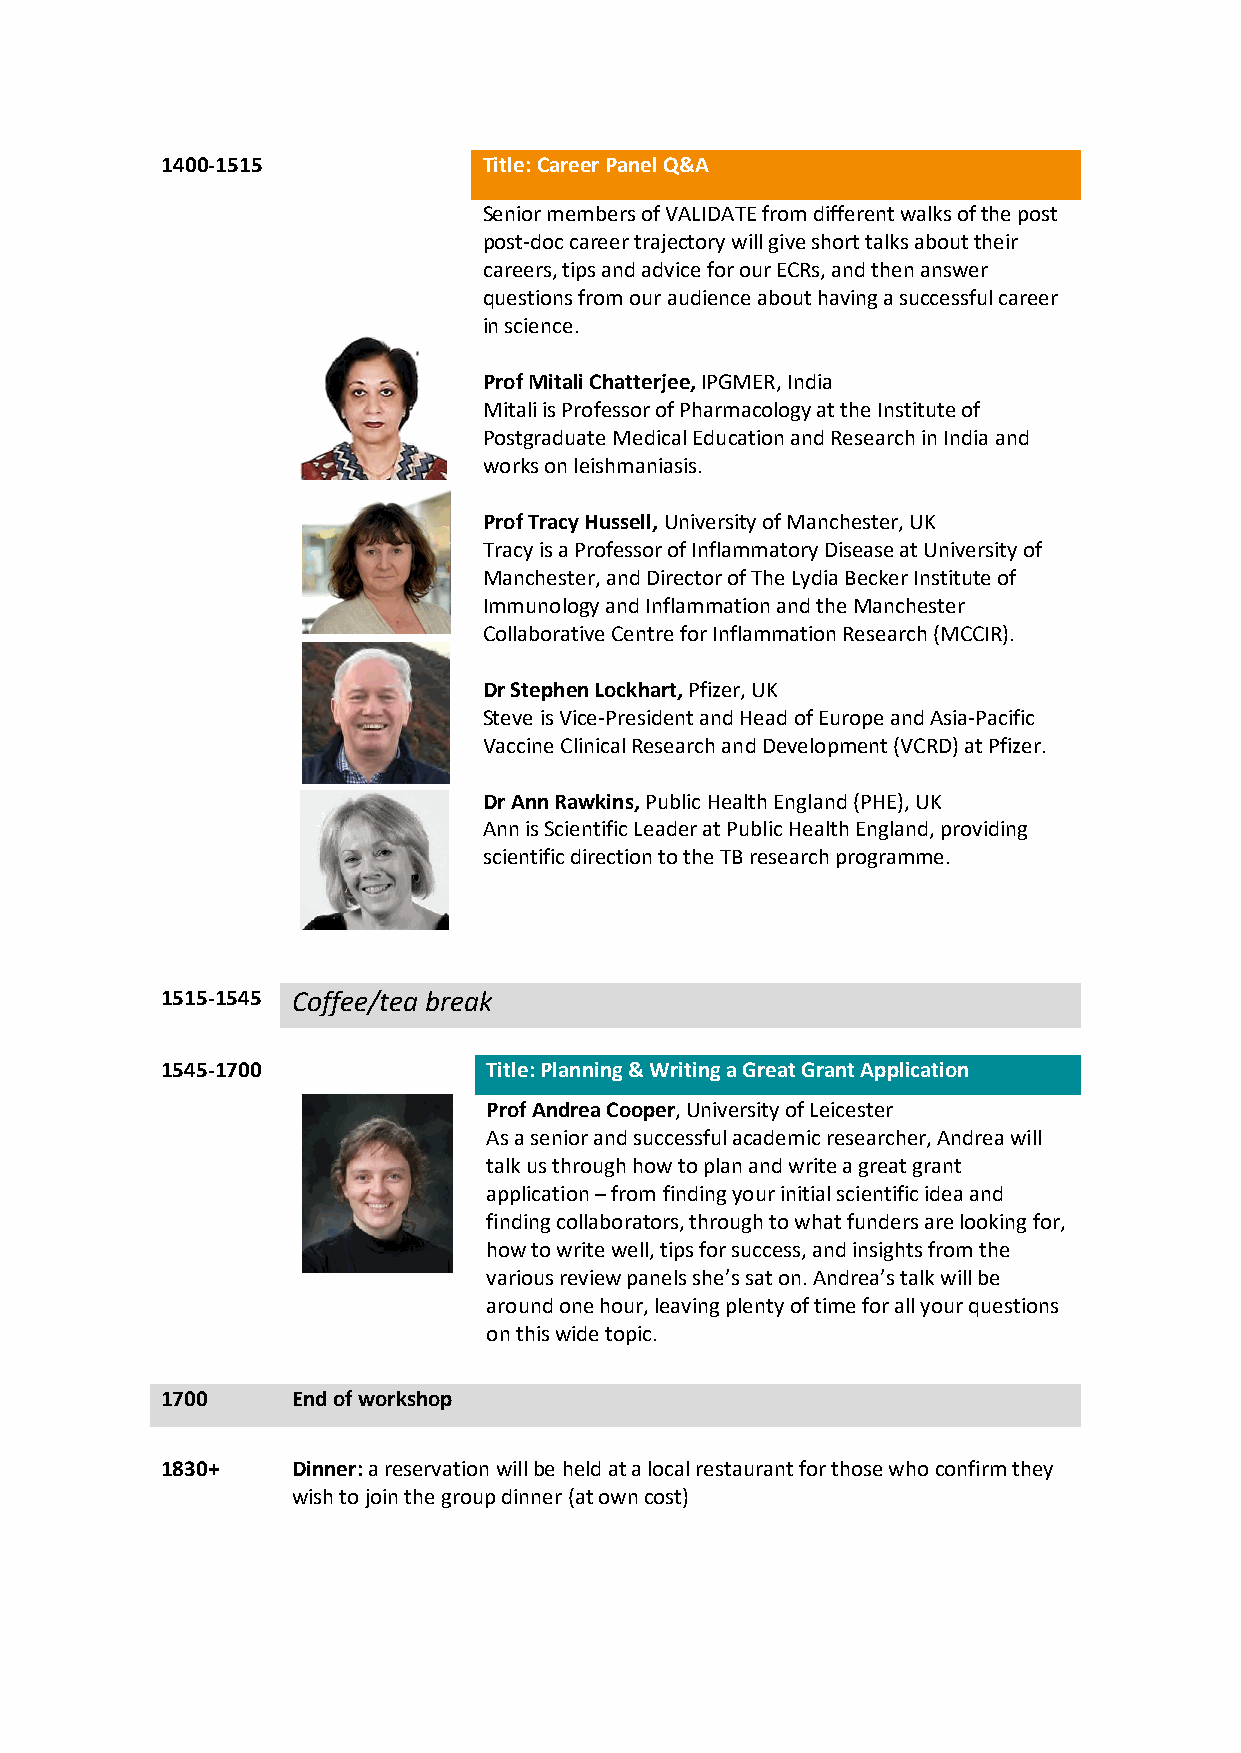
1400-1515            Title: Career Panel Q&A
 Senior members of VALIDATE from different walks of the post
 post-doc career trajectory will give short talks about their
 careers, tips and advice for our ECRs, and then answer
 questions from our audience about having a successful career
 in science.
 Prof Mitali Chatterjee, IPGMER, India
 Mitali is Professor of Pharmacology at the Institute of
 Postgraduate Medical Education and Research in India and
 works on leishmaniasis.
 Prof Tracy Hussell, University of Manchester, UK
 Tracy is a Professor of Inflammatory Disease at University of
 Manchester, and Director of The Lydia Becker Institute of
 Immunology and Inflammation and the Manchester
 Collaborative Centre for Inflammation Research (MCCIR).
 Dr Stephen Lockhart, Pfizer, UK
 Steve is Vice-President and Head of Europe and Asia-Pacific
 Vaccine Clinical Research and Development (VCRD) at Pfizer.
 Dr Ann Rawkins, Public Health England (PHE), UK
 Ann is Scientific Leader at Public Health England, providing
 scientific direction to the TB research programme.
 1515-1545 Coffee/tea break
 1545-1700            Title: Planning & Writing a Great Grant Application
 Prof Andrea Cooper, University of Leicester
 As a senior and successful academic researcher, Andrea will
 talk us through how to plan and write a great grant
 application – from finding your initial scientific idea and
 finding collaborators, through to what funders are looking for,
 how to write well, tips for success, and insights from the
 various review panels she’s sat on. Andrea’s talk will be
 around one hour, leaving plenty of time for all your questions
 on this wide topic.
 1700    End of workshop
 1830+   Dinner: a reservation will be held at a local restaurant for those who confirm they
 wish to join the group dinner (at own cost)